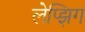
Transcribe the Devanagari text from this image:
लेप्झिग